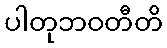
ပါတုဘဝတီတိ